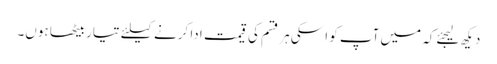
دیکھ لیجئےکہ میں آپ کو اسکی ہر قسم کی قیمت ادا کرنے کیلئے تیار بیٹھا ہوں۔